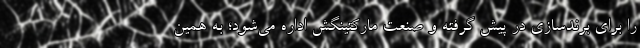
را برای برندسازی در پیش گرفته و صنعت مارکتینگش اداره می‌شود؛ به همین